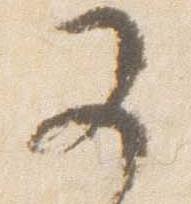
又